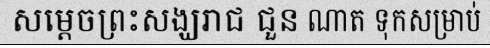
សម្តេចព្រះសង្ឃរាជ ជួន ណាត ទុកសម្រាប់